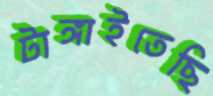
টাঙ্গাইতেছি